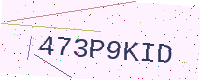
Text: 473P9KID